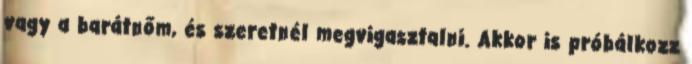
vagy a barátnőm, és szeretnél megvigasztalni. Akkor is próbálkozz